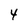
Character: 4